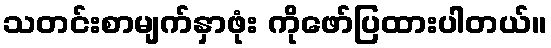
သတင်းစာမျက်နှာဖုံး ကိုဖော်ပြထားပါတယ်။